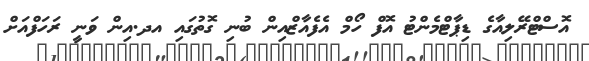
އޮސްޓްރޭލިއާގެ ޑިޕާޓްމެންޓު އޮފް ހޯމް އެފެއާޒްއިން ބުނި ގޮތުގައި އދ.އިން ވަނީ ރަހަފްއަށް